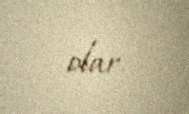
olar.